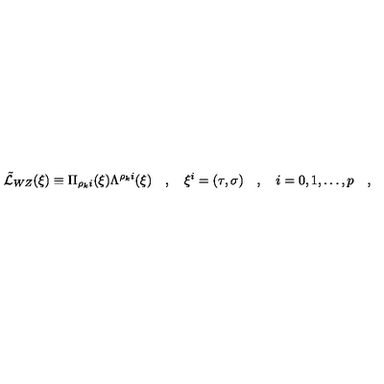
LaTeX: \tilde { \cal L } _ { W Z } ( \xi ) \equiv \Pi _ { \rho _ { k } i } ( \xi ) \Lambda ^ { \rho _ { k } i } ( \xi ) \quad , \quad \xi ^ { i } = ( \tau , { \bf \sigma } ) \quad , \quad i = 0 , 1 , \dots , p \quad , \quad